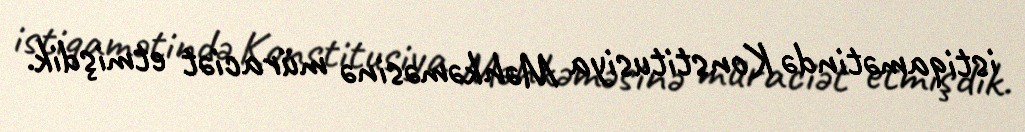
istiqamətində Konstitusiya Məhkəməsinə müraciət etmişdik.